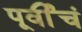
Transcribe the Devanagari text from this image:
पूर्वीचं